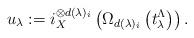
LaTeX: \begin{align*}u_\lambda:=i_X^{\otimes d(\lambda)_i}\left(\Omega_{d(\lambda)_i}\left(t_\lambda^\Lambda\right)\right).\end{align*}